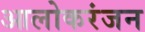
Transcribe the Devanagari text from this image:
आलोकरंजन